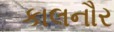
કાલનૌર